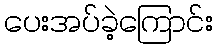
ပေးအပ်ခဲ့ကြောင်း